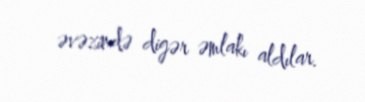
əvəzində digər əmlakı aldılar.